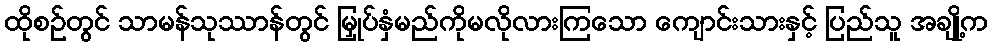
ထိုစဉ်တွင် သာမန်သုဿာန်တွင် မြှုပ်နှံမည်ကိုမလိုလားကြသော ကျောင်းသားနှင့် ပြည်သူ အချို့က